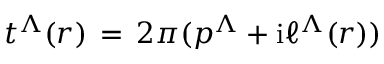
t ^ { \Lambda } ( r ) \, = \, 2 \pi ( p ^ { \Lambda } + \mathrm { i } \ell ^ { \Lambda } ( r ) ) \nonumber \,